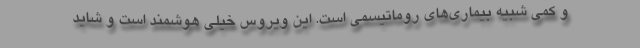
و کمی شبیه بیماری‌های روماتیسمی است. این ویروس خیلی هوشمند است و شاید